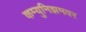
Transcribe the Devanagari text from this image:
कम्युनिझमवर